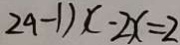
2 9 - 1 ) x - 2 x = 2